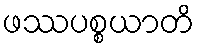
ဖဿပစ္စယာတိ